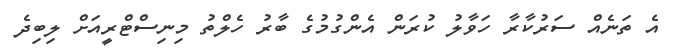
އެ ތަނެއް ސަރުކާރާ ހަވާލު ކުރަން އެންގުމުގެ ބާރު ހެލްތު މިނިސްޓްރީއަށް ލިބިދެ